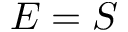
E = S